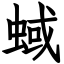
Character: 蜮